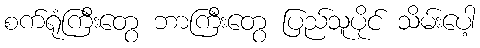
စက်ရုံကြီးတွေ ဘာကြီးတွေ ပြည်သူပိုင် သိမ်းပေါ့